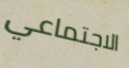
الاجتماعي